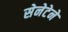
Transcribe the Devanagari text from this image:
सेनेटेने